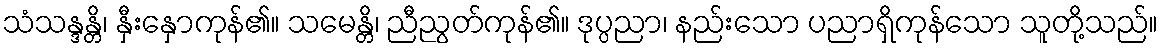
သံသန္ဒန္တိ၊ နှီးနှောကုန်၏။ သမေန္တိ၊ ညီညွတ်ကုန်၏။ ဒုပ္ပညာ၊ နည်းသော ပညာရှိကုန်သော သူတို့သည်။